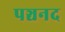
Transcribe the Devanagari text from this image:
पञ्चनद